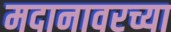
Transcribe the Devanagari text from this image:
मदानावरच्या